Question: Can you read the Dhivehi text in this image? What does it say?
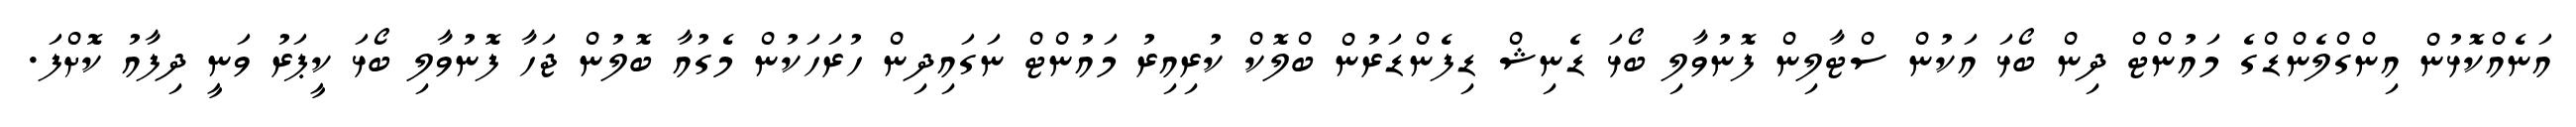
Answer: އަނެއްކޮޅުން އިންގްލެންޑްގެ މައުންޓް ދިން ބޯޅަ އަކުން ސްޓާލިން ފޮނުވާލި ބޯޅަ ޑެނިޝް ޑިފެންޑަރުން ބްލޮކް ކުރިއިރު މައުންޓް ނަގައިދިން ހުރަހަކުން މެގުއާ ބޮލުން ޖަހާ ފޮނުވާލި ބޯޅަ ކީޕަރު ވަނީ ދިފާއު ކޮށްފަ.